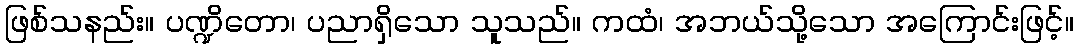
ဖြစ်သနည်း။ ပဏ္ဍိတော၊ ပညာရှိသော သူသည်။ ကထံ၊ အဘယ်သို့သော အကြောင်းဖြင့်။